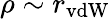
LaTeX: \rho\sim r_{\mathrm{vdW}}